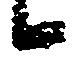
候